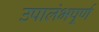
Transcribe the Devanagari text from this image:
उपालंभपूर्ण